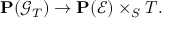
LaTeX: \mathbf { P } ( { \mathcal { G } } _ { T } ) \to \mathbf { P } ( { \mathcal { E } } ) \times _ { S } T .